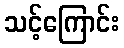
သင့်ကြောင်း